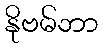
နိုဗမ်ဘာ